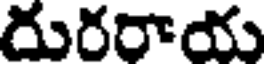
దురరాయ